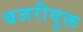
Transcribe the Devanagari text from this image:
बजरीयुक्त